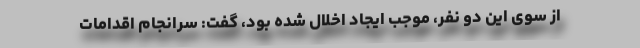
از سوی این دو نفر، موجب ایجاد اخلال شده بود، گفت: سرانجام اقدامات